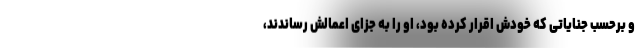
و برحسب جنایاتی که خودش اقرار کرده بود، او را به جزای اعمالش رساندند،